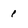
Character: 1